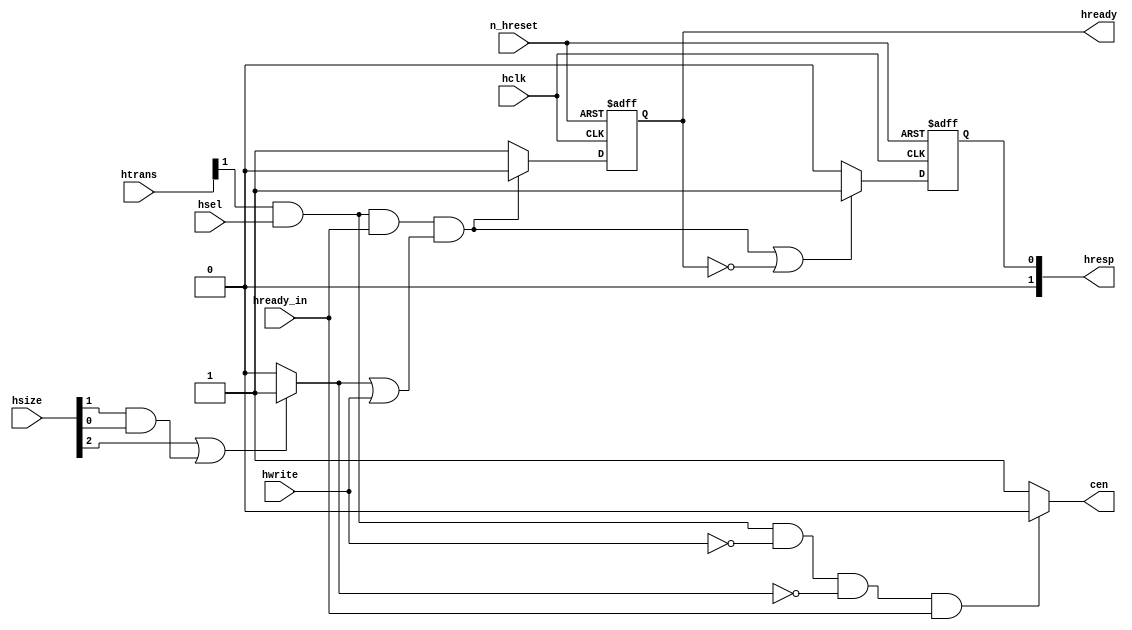
//Title       : 
//Description : Generates Hready and Hresp signals for AHB read requests
//              and cen for the ROM core.
//Notes       : 
//----------------------------------------------------------------------
//   Copyright 1999-2010 Cadence Design Systems, Inc.
//   All Rights Reserved Worldwide
//
//   Licensed under the Apache License, Version 2.0 (the
//   "License"); you may not use this file except in
//   compliance with the License.  You may obtain a copy of
//   the License at
//
//       http://www.apache.org/licenses/LICENSE-2.0
//
//   Unless required by applicable law or agreed to in
//   writing, software distributed under the License is
//   distributed on an "AS IS" BASIS, WITHOUT WARRANTIES OR
//   CONDITIONS OF ANY KIND, either express or implied.  See
//   the License for the specific language governing
//   permissions and limitations under the License.
//----------------------------------------------------------------------

module rom_response_gen(
	//Inputs
    		hclk,         // AHB Clock
    		n_hreset,     // AHB reset - Active low
    		// AHB interface
    		hsel,         // AHB2APB select
    		htrans,       // Transfer type
    		hsize,        // AHB Access type - byte, half-word, word
    		hwrite,       // Write signal
                hready_in,    // Combined hready across all slaves

    	// Outputs
    		// AHB interface
    		hready,       // Ready for new bus cycle from target slave
    		hresp,        // Response from the bridge
		cen	      // Chip Enable for ROM
);

    // Inputs     
    // system signals
    input        hclk;     // AHB Clock
    input        n_hreset;  // AHB reset - Active low
    // AHB interface 
    input        hsel;     // select from AHB bus
    input [1:0]  htrans;   // Transfer type
    input [2:0]  hsize;    // AHB Access type - byte, half-word, word
    input        hwrite;   // Write signal
    input        hready_in; // Combined hready across all slaves
 
    // Outputs
    // AHB interface
    output        hready;       // Ready for new bus cycle from target slave
    output [1:0]  hresp;        // Response from the bridge
    output        cen;		// Chip Enable for ROM

     
    wire          hready_next;
    wire          cen  ;
    wire          size_error;
    wire          hresp_0_next;
    reg		  r_hresp_0;
    reg		  r_hready;

 
	// Flag error if acess size is 64 bits or more
	assign size_error = ( hsize[2] | (hsize[1] & hsize[0]) ) ?
                            1'b1 : 1'b0;

	// Generate chip enable for read accesses of size =< 32 bits. 
	//    Ignore accesses when hready low.
	assign cen = ( (htrans[1] & hsel & ~hwrite) & (~size_error) & (hready_in) ) ?
                     1'b0 : 1'b1;

	// Pull hready low only if there is an access that's a write or has a size error 
	assign hready_next = ( ( hsel & htrans[1] & hready_in ) & ( size_error | hwrite )) ?
                             1'b0 : 1'b1;

	// Provide a two cycle error response on a write or a size error
        // Else signal OK ; hresp= 01 -> error , 00 -> OK
        assign hresp_0_next = ( ~hready_next | ~hready ) ?
                              1'b1 : 1'b0;

        
                              

   	always @(posedge hclk or negedge n_hreset)
    		begin
        	if (~n_hreset)
        		begin
            		r_hready  <= 1'b1;
            		r_hresp_0 <= 1'b0;
        	end // if (!n_hreset)
        	else
        		begin
            		r_hready  <= hready_next;
            		r_hresp_0 <= hresp_0_next;
        	end
    	end // always @(posedge hclk ..



	assign hready   = r_hready;
	assign hresp[0] = r_hresp_0;
        // Tie hresp[1] to '0' as it is common to both error and OK responses
        assign hresp[1] = 1'b0;



endmodule // module rom_response_gen